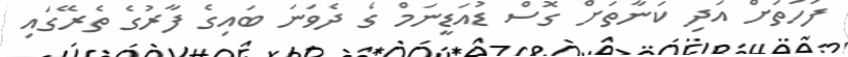
ފަހަތަށް އަދި ކަނާތަށް ގޮސް ޑުއަޑީނަމް ގެ ދެވަނަ ބައިގެ ފާރުގެ ތެރޭގައި